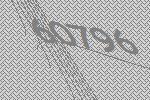
60796